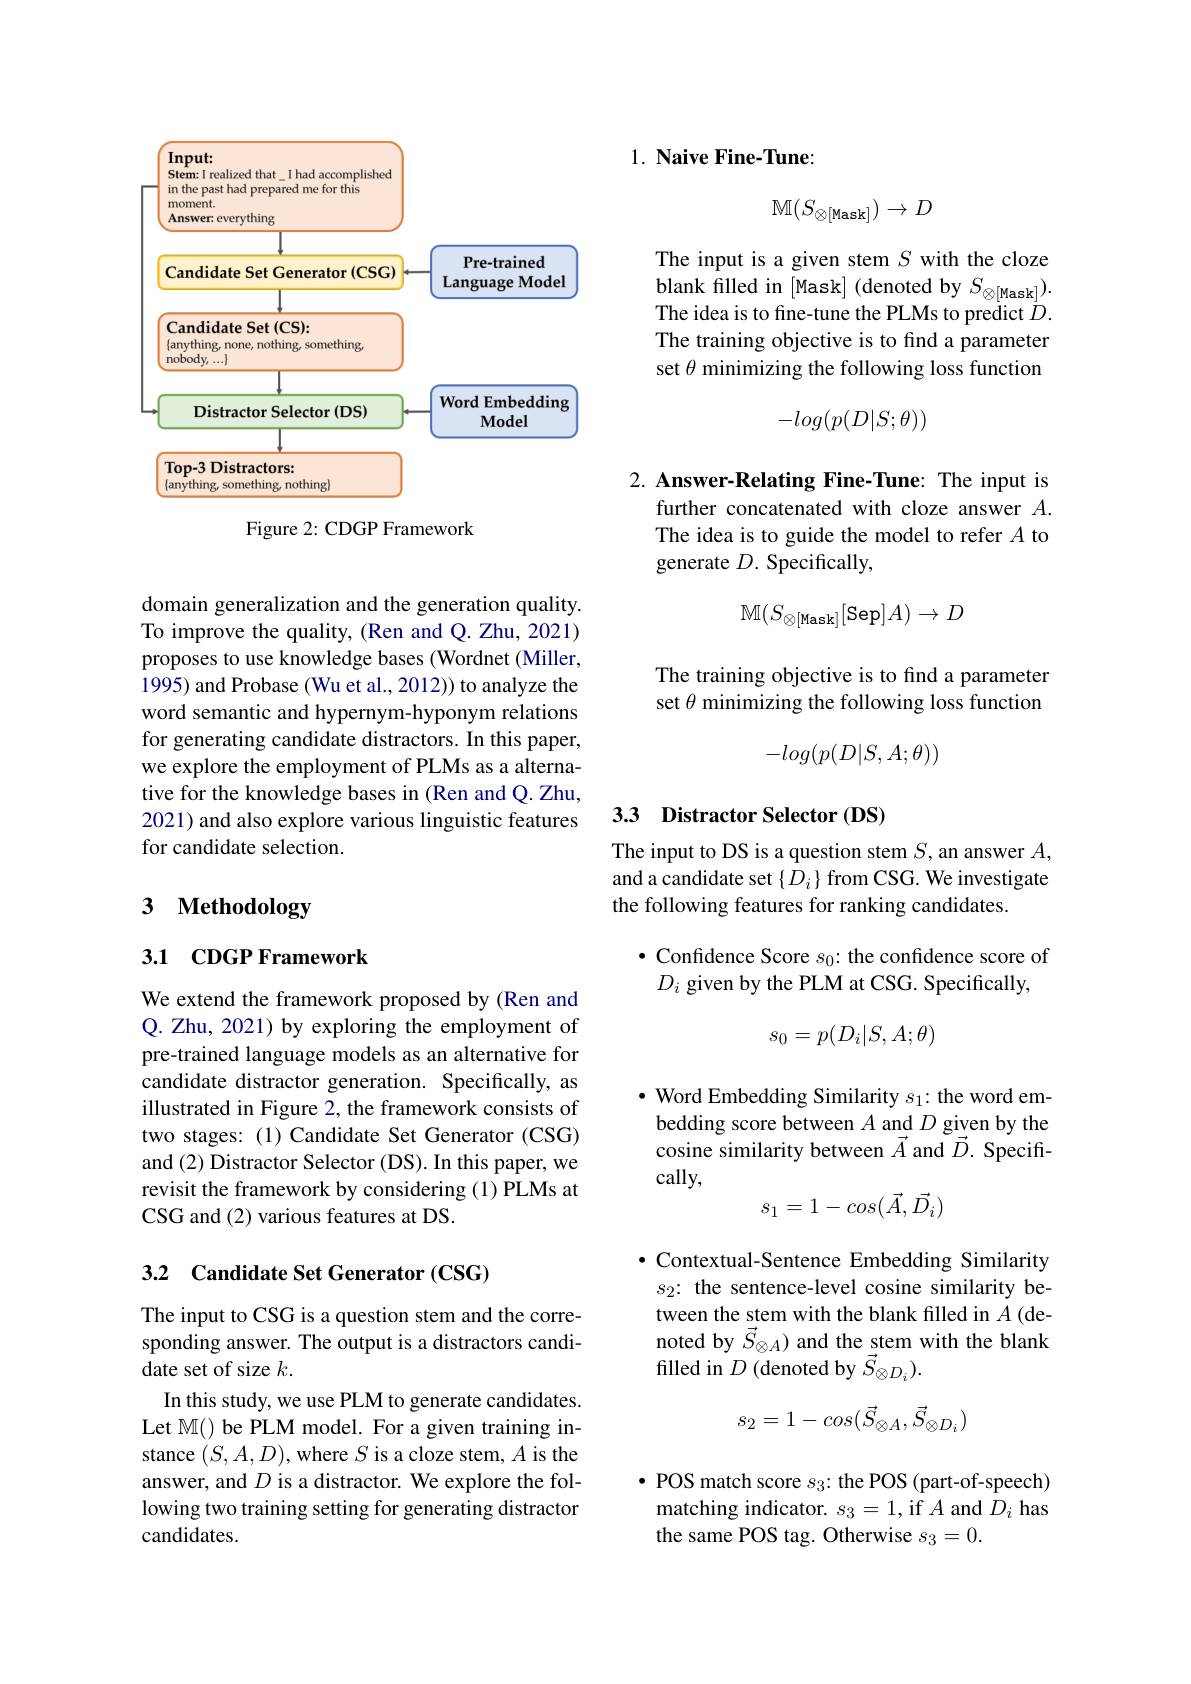
<FigureHere>

Figure 2: CDGP Framework

domain generalization and the generation quality. To improve the quality, (Ren and Q. Zhu, 2021) proposes to use knowledge bases (Wordnet (Miller, 1995) and Probase (Wu et al., 2012)) to analyze the word semantic and hypernym-hyponym relations for generating candidate distractors. In this paper, we explore the employment of PLMs as a alternative for the knowledge bases in (Ren and Q. Zhu, 2021) and also explore various linguistic features for candidate selection.

# 3 Methodology

## 3.1 CDGP Framework

We extend the framework proposed by (Ren and Q. Zhu, 2021) by exploring the employment of pre-trained language models as an alternative for candidate distractor generation. Specifically, as illustrated in Figure 2, the framework consists of two stages: (1) Candidate Set Generator (CSG) and (2) Distractor Selector (DS). In this paper, we revisit the framework by considering (1) PLMs at CSG and (2) various features at DS.

## 3.2 Candidate Set Generator (CSG)

The input to CSG is a question stem and the corresponding answer. The output is a distractors candidate set of size $k.$
In this study, we use PLM to generate candidates. Let M() be PLM model. For a given training instance $(S,A,D)$, where $S$ is a cloze stem, $A$ is the answer, and $D$ is a distractor. We explore the following two training setting for generating distractor candidates.

$1. \textbf{ Naive Fine- Tune: }$
$$\mathbb{M}(S_{\otimes[\text{Mask}]})\to D$$
The input is a given stem $S$ with the cloze blank filled in [Mask] (denoted by $S_{\otimes[\mathrm{Mask}]}).$ The idea is to fine-tune the PLMs to predict $\dot{D}.$ The training objective is to find a parameter set $\theta$ minimizing the following loss function
$$-log(p(D|S;\theta))$$
2. Answer-Relating Fine-Tune: The input is

further concatenated with cloze answer $A.$ The idea is to guide the model to refer $A$ to generate $D.$ Specifically,
$$\mathbb{M}(S_{\otimes[\text{Mask}]}[\text{Sep}]A)\to D$$
The training objective is to find a parameter set $\theta$ minimizing the following loss function
$$-log(p(D|S,A;\theta))$$
## 33 Distractor Selector (DS)

The input to DS is a question stem $S$, an answer $A$, and a candidate set $\{D_i\}$ from CSG. We investigate the following features for ranking candidates.

$\bullet$ Confidence Score $s_0:$ the confidence score of
$D_i$ given by the PLM at CSG. Specifically
$$s_0=p(D_i|S,A;\theta)$$
$\bullet$ Word Embedding Similarity $s_1:$ the word embedding score between $A\underset{\to}{\operatorname*{and}}D\underset{\to}{\operatorname*{givenby}}$ the cosine similarity between $\vec{A}$ and $\vec{D}.$ Specifically,
$$s_1=1-cos(\vec{A},\vec{D}_i)$$
· Contextual-Sentence Embedding Similarity $s_2{:}$ the sentence-level cosine similarity between the stem with the blank filled in $A$ (denoted by $\vec{S}_{\otimes A}$) and the stem with the blank filled in $D$ (denoted by $\vec{S}_{\otimes D_{i}}).$
$$s_2=1-cos(\vec{S}_{\otimes A},\vec{S}_{\otimes D_i})$$
$\bullet$ POS match score $s_3:$ the POS (part-of-speech) matching indicator. $s_3=1$, if $A$ and $\bar D_i$ has the same POS tag. Otherwise $s_3=0.$